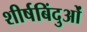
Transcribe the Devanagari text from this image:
शीर्षबिंदुओं